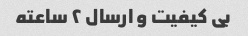
بی کیفیت و ارسال ۲ ساعته